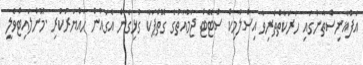
އަފްޣާނިސްތާނުގައި ހަރަކާތްތެރިވާ އިސްލާމިކް ސްޓޭޭޓް ޖަމާއަތުގެ ގޮތްޕަކާ ގުޅިގެން އެގައުުން ހައްޔަރުކުރި .މޫންލައިޓްވެލީ